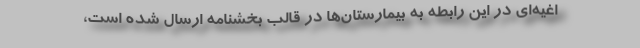
اغیه‌ای در این رابطه به بیمارستان‌ها در قالب بخشنامه ارسال شده است،